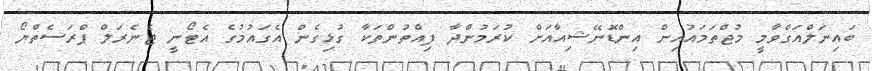
ބައިނަލްއަގްވާމީ މުޖްތަމައުއިން އިންޑޮނޭޝިއާއަށް ކުރަމުންދާ ފިއްތުންތަކާ ގުޅިގެން އެގައުމުގެ އެޓޯނީ ޖެނެރަލް ޕްރަސެތްޔޯ